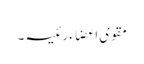
مقوی اعضاء رئیسہ۔